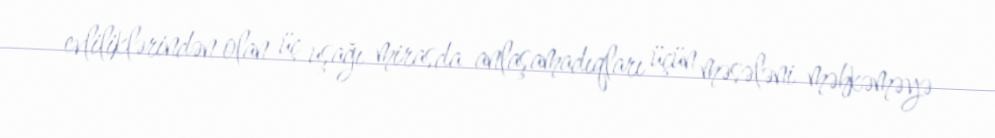
evliliklərindən olan üç uşağı mirasda anlaşamadıqları üçün məsələni məhkəməyə